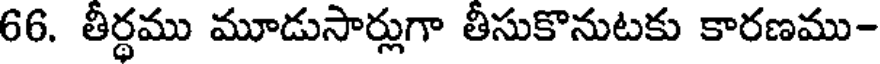
66. తీర్థము మూడుసార్లుగా తీసుకొనుటకు కారణము-